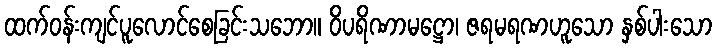
ထက်ဝန်းကျင်ပူလောင်စေခြင်းသဘော။ ဝိပရိဏာမဋ္ဌော၊ ဇရမရဏဟူသော နှစ်ပါးသော